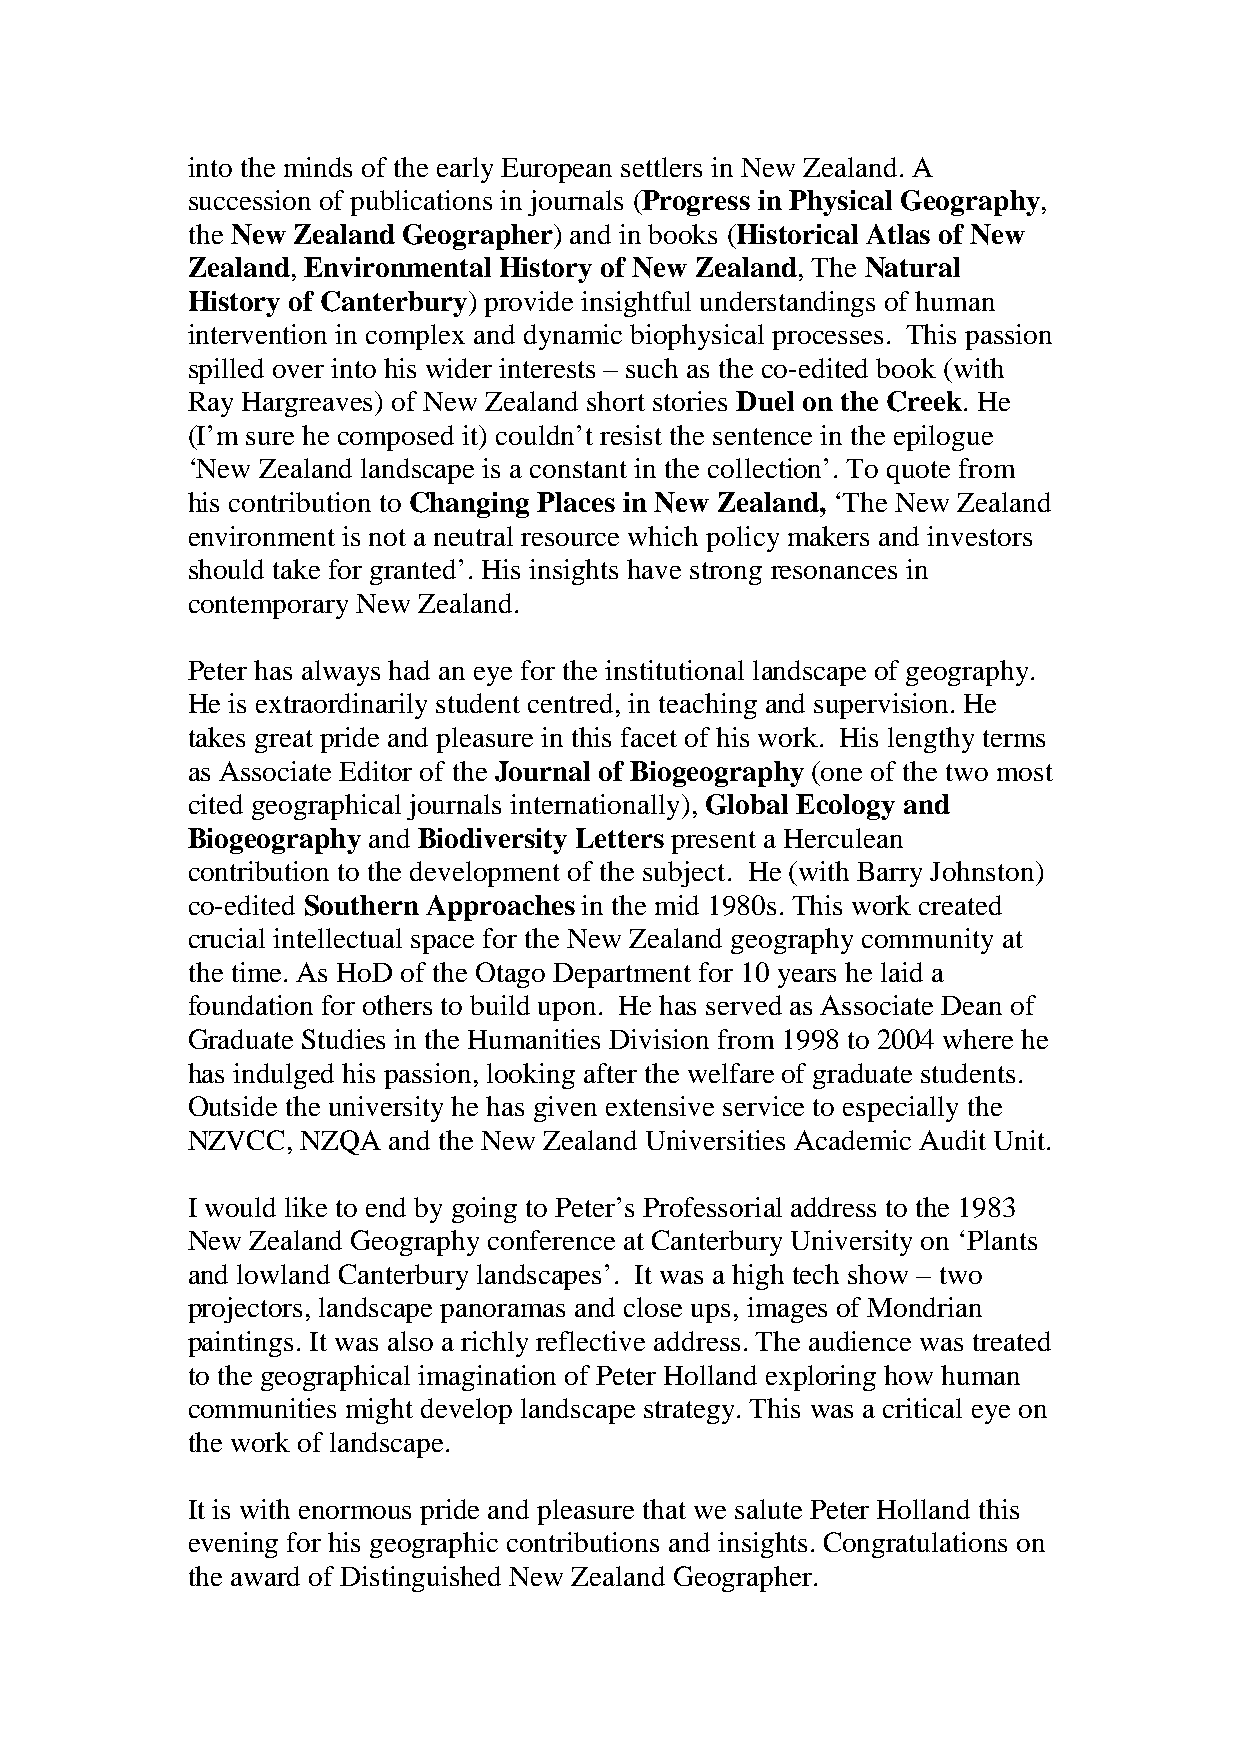
into the minds of the early European settlers in New Zealand. A
 succession of publications in journals (Progress in Physical Geography,
 the New Zealand Geographer) and in books (Historical Atlas of New
 Zealand, Environmental History of New Zealand, The Natural
 History of Canterbury) provide insightful understandings of human
 intervention in complex and dynamic biophysical processes. This passion
 spilled over into his wider interests – such as the co-edited book (with
 Ray Hargreaves) of New Zealand short stories Duel on the Creek. He
 (I’m sure he composed it) couldn’t resist the sentence in the epilogue
 ‘New Zealand landscape is a constant in the collection’. To quote from
 his contribution to Changing Places in New Zealand, ‘The New Zealand
 environment is not a neutral resource which policy makers and investors
 should take for granted’. His insights have strong resonances in
 contemporary New Zealand.
 Peter has always had an eye for the institutional landscape of geography.
 He is extraordinarily student centred, in teaching and supervision. He
 takes great pride and pleasure in this facet of his work. His lengthy terms
 as Associate Editor of the Journal of Biogeography (one of the two most
 cited geographical journals internationally), Global Ecology and
 Biogeography and Biodiversity Letters present a Herculean
 contribution to the development of the subject. He (with Barry Johnston)
 co-edited Southern Approaches in the mid 1980s. This work created
 crucial intellectual space for the New Zealand geography community at
 the time. As HoD of the Otago Department for 10 years he laid a
 foundation for others to build upon. He has served as Associate Dean of
 Graduate Studies in the Humanities Division from 1998 to 2004 where he
 has indulged his passion, looking after the welfare of graduate students.
 Outside the university he has given extensive service to especially the
 NZVCC,  NZQA  and the New Zealand Universities Academic Audit Unit.
 I would like to end by going to Peter’s Professorial address to the 1983
 New  Zealand Geography conference at Canterbury University on ‘Plants
 and lowland Canterbury landscapes’. It was a high tech show – two
 projectors, landscape panoramas and close ups, images of Mondrian
 paintings. It was also a richly reflective address. The audience was treated
 to the geographical imagination of Peter Holland exploring how human
 communities might develop landscape strategy. This was a critical eye on
 the work of landscape.
 It is with enormous pride and pleasure that we salute Peter Holland this
 evening for his geographic contributions and insights. Congratulations on
 the award of Distinguished New Zealand Geographer.